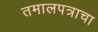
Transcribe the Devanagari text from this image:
तमालपत्राचा